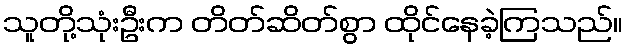
သူတို့သုံးဦးက တိတ်ဆိတ်စွာ ထိုင်နေခဲ့ကြသည်။